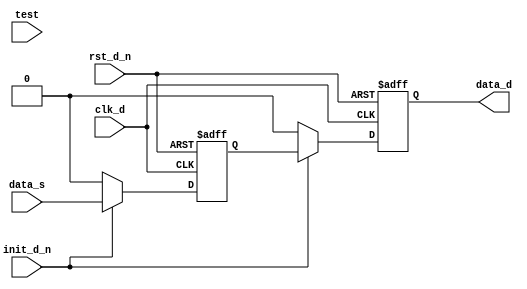
module afifo_sync_dff (
    clk_d,
    rst_d_n,
    init_d_n,
    data_s,
    test,
    data_d
    );

parameter WIDTH        = 1;  // RANGE 1 to 1024
parameter F_SYNC_TYPE  = 2;  // RANGE 0 to 4
parameter TST_MODE     = 0;  // RANGE 0 to 1
parameter VERIF_EN     = 1;  // RANGE 0 to 4


input                   clk_d;      // clock input from destination domain
input                   rst_d_n;    // active low asynchronous reset from destination domain
input                   init_d_n;   // active low synchronous reset from destination domain
input  [WIDTH-1:0]      data_s;     // data to be synchronized from source domain
input                   test;       // test input
output [WIDTH-1:0]      data_d;     // data synchronized to destination domain


reg    [WIDTH-1:0]      sample_nsyncf;
reg    [WIDTH-1:0]      sample_syncf;
reg    [WIDTH-1:0]      sample_syncm1;
reg    [WIDTH-1:0]      sample_syncm2;
reg    [WIDTH-1:0]      sample_syncl;
reg    [WIDTH-1:0]      test_hold;

wire   [WIDTH-1:0]      tst_mode_selected;
wire   [WIDTH-1:0]      f_sync_type_is_0_data;
wire   [WIDTH-1:0]      next_sample_syncf;
wire   [WIDTH-1:0]      next_sample_syncm1;
wire   [WIDTH-1:0]      next_sample_syncm2;
wire   [WIDTH-1:0]      next_sample_syncl;


  assign tst_mode_selected  = (TST_MODE == 1) ? test_hold : data_s;
  assign f_sync_type_is_0_data  = (test == 1'b1) ? tst_mode_selected : data_s;

  assign next_sample_syncf  = (test == 1'b0) ? data_s : tst_mode_selected;
  assign next_sample_syncm1 = ((F_SYNC_TYPE & 7) == 1) ? sample_nsyncf : sample_syncf;
  assign next_sample_syncm2 = sample_syncm1;
  assign next_sample_syncl  = ((F_SYNC_TYPE & 7) == 3) ? sample_syncm1 : 
                              ((F_SYNC_TYPE & 7) == 4) ? sample_syncm2 : next_sample_syncm1;


  always @ (negedge clk_d or negedge rst_d_n) begin : PROC_negedge_registers
    if (rst_d_n == 1'b0) begin
      sample_nsyncf    <= {WIDTH{1'b0}};
      test_hold        <= {WIDTH{1'b0}};
    end else if (init_d_n == 1'b0) begin
      sample_nsyncf    <= {WIDTH{1'b0}};
      test_hold        <= {WIDTH{1'b0}};
    end else begin
      sample_nsyncf    <= data_s;
      test_hold        <= data_s;
    end
  end


  always @ (posedge clk_d or negedge rst_d_n) begin : PROC_posedge_registers
    if (rst_d_n == 1'b0) begin
      sample_syncf     <= {WIDTH{1'b0}};
      sample_syncm1    <= {WIDTH{1'b0}};
      sample_syncm2    <= {WIDTH{1'b0}};
      sample_syncl     <= {WIDTH{1'b0}};
    end else if (init_d_n == 1'b0) begin
      sample_syncf     <= {WIDTH{1'b0}};
      sample_syncm1    <= {WIDTH{1'b0}};
      sample_syncm2    <= {WIDTH{1'b0}};
      sample_syncl     <= {WIDTH{1'b0}};
    end else begin
      sample_syncf     <= next_sample_syncf;
      sample_syncm1    <= next_sample_syncm1;
      sample_syncm2    <= next_sample_syncm2;
      sample_syncl     <= next_sample_syncl;
    end
  end

  assign data_d = ((F_SYNC_TYPE & 7) == 0) ? f_sync_type_is_0_data : sample_syncl;

endmodule